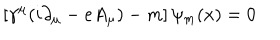
\left[ \gamma ^ { \mu } ( i \partial _ { \mu } - e A _ { \mu } ) - m \right] \psi _ { m } ( x ) = 0